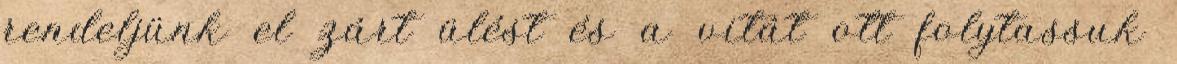
rendeljünk el zárt ülést és a vitát ott folytassuk